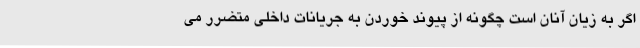
اگر به زیان آنان است چگونه از پیوند خوردن به جریانات داخلی متضرر می